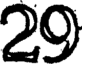
29